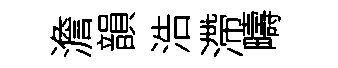
澹韻浩滯疇